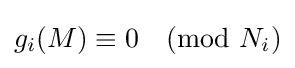
g_{i}(M)\equiv 0{\pmod {N_{i}}}